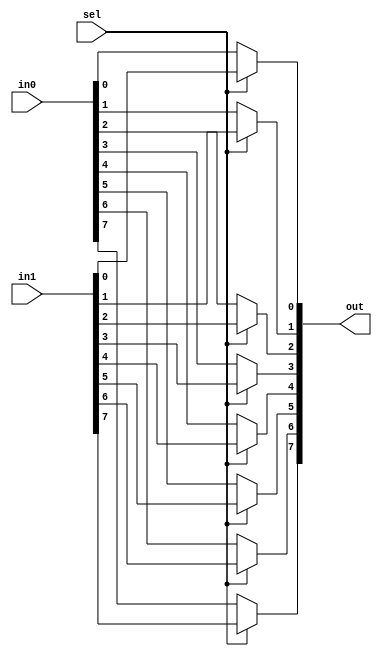
`timescale 1ns / 1ps

module Mux #(
    parameter N = 8
) (
    input [N-1:0] in0,
    input [N-1:0] in1,
    input sel,
    output [N-1:0] out
);
  genvar i;
  generate
    for (i = 0; i < N; i = i + 1) begin : g_mux
      assign out[i] = sel ? in1[i] : in0[i];
    end
  endgenerate
endmodule